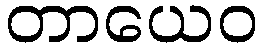
တာယေဝ